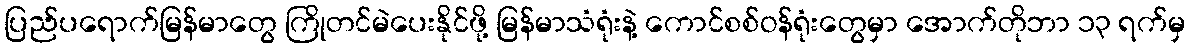
ပြည်ပရောက်မြန်မာတွေ ကြိုတင်မဲပေးနိုင်ဖို့ မြန်မာသံရုံးနဲ့ ကောင်စစ်ဝန်ရုံးတွေမှာ အောက်တိုဘာ ၁၃ ရက်မှ